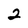
Character: 2